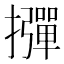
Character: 𱡊